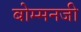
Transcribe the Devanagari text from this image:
बोम्मनजी